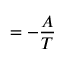
= - { \frac { A } { T } }